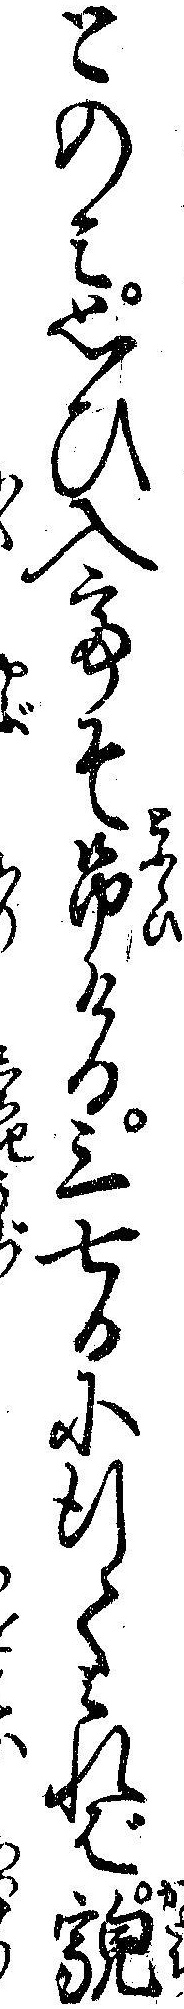
とのミ思ひ入てそ吊ける三七日に行てみれば貌